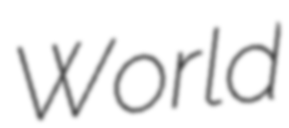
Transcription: World